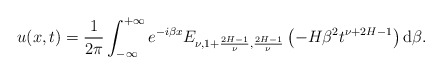
\begin{align*}u(x,t)= \frac{1}{2 \pi} \int_{-\infty}^{+\infty} e^{-i \beta x}E_{\nu, 1+\frac{2H-1}{\nu}, \frac{2H-1}{\nu}} \left(- H \beta^2 t^{\nu+2H-1} \right) \mathrm{d}\beta. \end{align*}